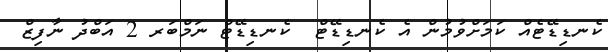
ކެނޑިޑޭޓެއް ކަމަށްވުމުން އެ ކެނޑިޑޭޓް  ކެނޑިޑޭޓް ނަމްބަރ 2 އަބްދު ނާފިޒް